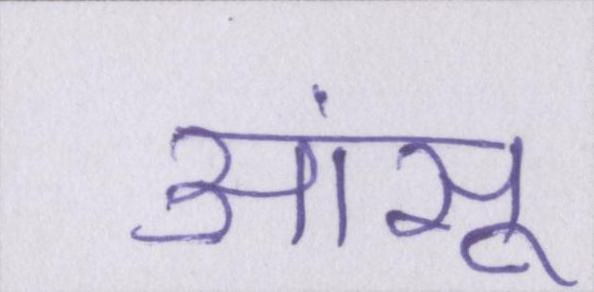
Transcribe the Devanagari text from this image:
आंसू